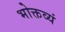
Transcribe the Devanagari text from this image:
भोक्तव्यं